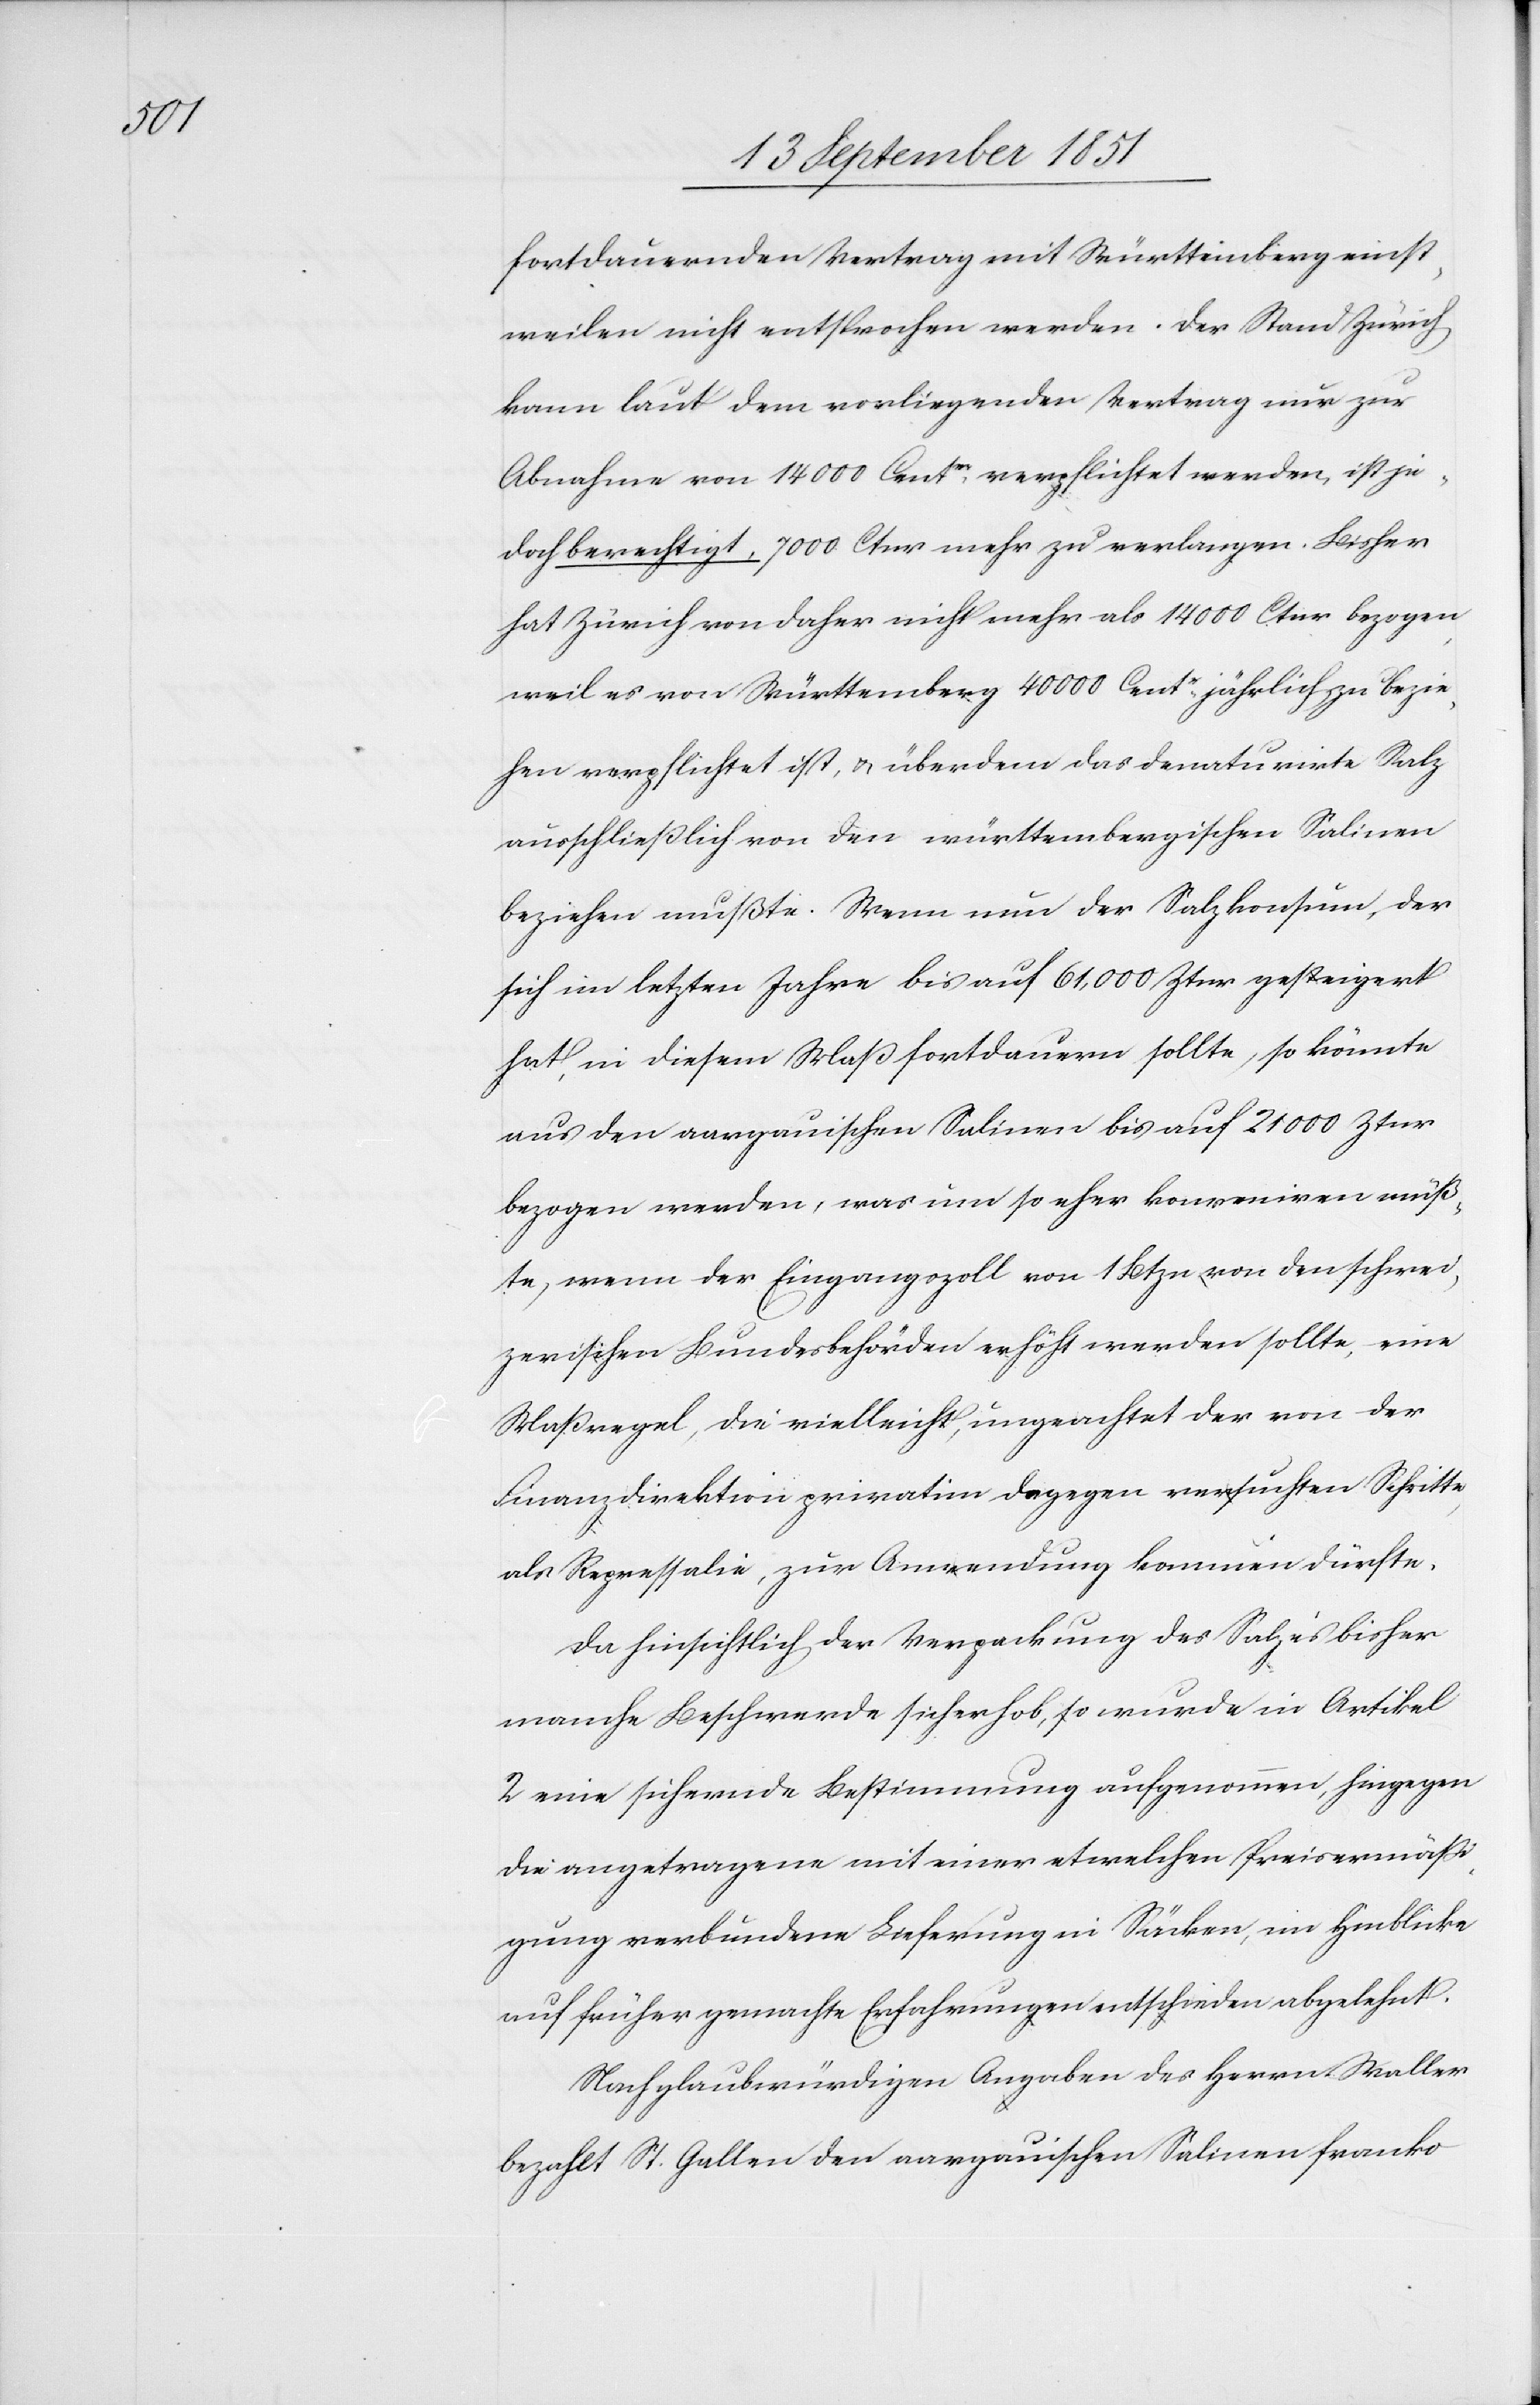
fortdauernden Vertrag mit Württemberg einst¬
weilen nicht entsprochen werden. Der Stand Zürich
kann laut dem vorliegenden Vertrag nur zur
Abnahme von 14 000 Centnr. verpflichtet werden, ist je¬
doch berechtigt, 7000. Ctnr mehr zu verlangen. Bisher
hat Zürich von daher nicht mehr als 14 000 Ctnr bezogen,
weil es von Württemberg 40 000 Centr. jährlich zu bezie¬
hen verpflichtet ist, & überdem das denaturirte Salz
ausschließlich von den württembergischen Salinen
beziehen mußte. Wenn nun der Salzkonsum, der
sich im letzten Jahre bis auf 61,000 Ztnr gesteigert
hat, in diesem Maß fortdauern sollte, so könnte
aus den aargauischen Salinen bis auf 21 000 Ztnr
bezogen werden, was um so eher konveniren müß¬
te, wenn der Eingangszoll von 1 Btzn. von den schwei¬
zerischen Bundesbehörden erhöht werden sollte, eine
Maßregel, die vielleicht, ungeachtet der von der
Finanzdirektion privatim dagegen versuchten Schritte,
als Repressalie, zur Anwendung kommen dürfte.
Da hinsichtlich der Verpackung des Salzes bisher
manche Beschwerde sich erhob, so wurde in Artikel
2 eine sichernde Bestimmung aufgenommen, hingegen
die angetragene mit einer etwelchen Preisermäßi¬
gung verbundene Lieferung in Säcken, im Hinblicke
auf früher gemachte Erfahrungen entschieden abgelehnt.
Nach glaubwürdigen Angaben des Herrn Waller
bezahlt St. Gallen den aargauischen Salinen franko